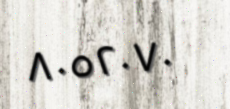
٨٠٥٢٠٧٠